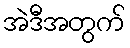
အဲဒီအတွက်